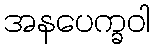
အနပေက္ခဝါ